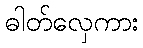
ဓါတ်လှေကား